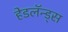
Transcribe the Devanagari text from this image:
हेडलॅन्ड्‌स